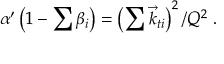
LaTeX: \alpha ^ { \prime } \left( 1 - \sum \beta _ { i } \right) = \left( \sum \vec { k } _ { t i } \right) ^ { 2 } / Q ^ { 2 } \; .